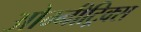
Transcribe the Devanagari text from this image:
ओम्नीट्रिक्स